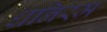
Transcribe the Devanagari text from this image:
धनिरम